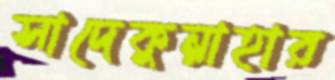
সাদেকুন্নাহার